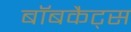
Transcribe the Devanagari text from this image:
बॉबकैट्स